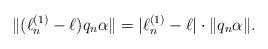
LaTeX: \begin{align*}\|(\ell_n^{(1)}-\ell)q_n\alpha\|=|\ell_n^{(1)}-\ell|\cdot \|q_n\alpha\|.\end{align*}